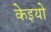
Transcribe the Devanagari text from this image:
केइयो